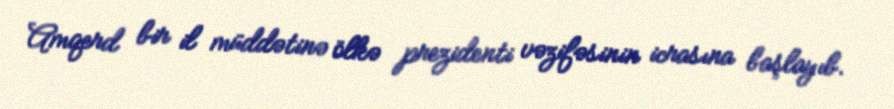
Amqerd bir il müddətinə ölkə prezidenti vəzifəsinin icrasına başlayıb.